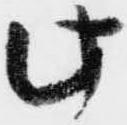
此